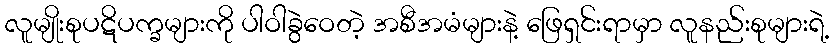
လူမျိုးစုပဋိပက္ခများကို ပါဝါခွဲဝေတဲ့ အစီအမံများနဲ့ ဖြေရှင်းရာမှာ လူနည်းစုများရဲ့